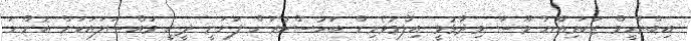
އިބްރާހީމް ޒަކަރިއްޔާ މޫސާ ވިދާޅުވީ އިލްމުވެރިން ބަހުސްކުރަން ފަށަނީ ދީނީ މައްސަލައަކަށް އޮންނަ